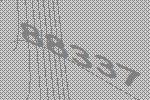
88337